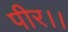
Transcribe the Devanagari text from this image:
पीर।।